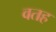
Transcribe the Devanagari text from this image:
वतह